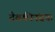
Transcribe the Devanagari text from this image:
देवकीनंदनः